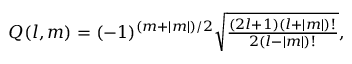
\begin{array} { r } { Q ( l , m ) = ( - 1 ) ^ { ( m + | m | ) / 2 } \sqrt { \frac { ( 2 l + 1 ) ( l + | m | ) ! } { 2 ( l - | m | ) ! } } , } \end{array}